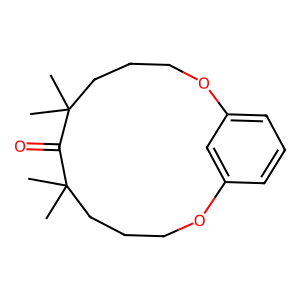
SMILES: CC1(C)CCCOc2cccc(c2)OCCCC(C)(C)C1=O
Inhibits HIV replication: No